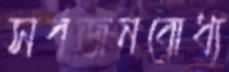
সর্বজনবোধ্য